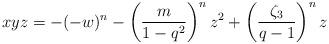
LaTeX: \begin{align*}xyz = -(-w)^n - \left(\frac {m}{1-q^2}\right)^n z^2+ \left(\frac{\zeta_3}{q-1}\right)^n z\end{align*}